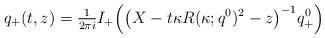
LaTeX: \begin{align*}q_+(t,z) = \tfrac{1}{2\pi i} I_+ \Big( \big( X - t\kappa R(\kappa;q^0)^2 - z \big)^{-1} q^0_+\Big)\end{align*}